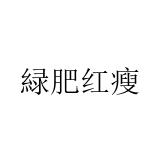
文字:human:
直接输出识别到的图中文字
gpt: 緑肥红瘦